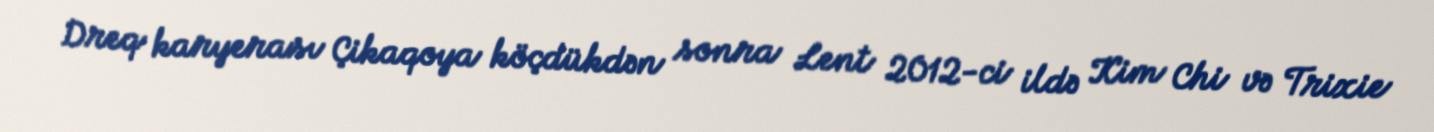
Dreq karyerası Çikaqoya köçdükdən sonra Lent 2012-ci ildə Kim Chi və Trixie